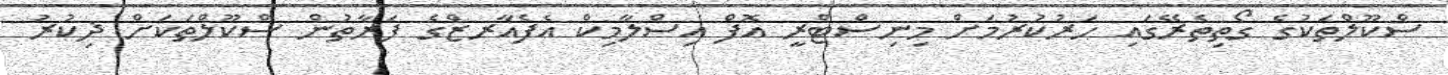
ސްކޫލްތަކުގެ ގޯތިތެރޭގައި ހަރުކުރުމަށް މިނިސްޓްރީ އޮފް އިސްލާމިކް އެފެއާރޒްގެ ފަރާތުން ސްކޫލްތަކަށް ޛިކުރު